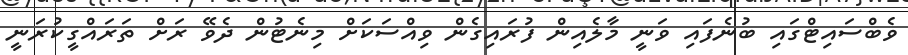
ވެބްސައިޓްގައި ބުނެފައި ވަނީ މާލެއިން ފުރައިގެން ވިއްސަކަށް މިނެޓުން ދެވޭ ރަށް ތަރައްގީކުރަނީ